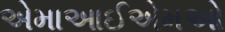
એમાઆઈએમઓ